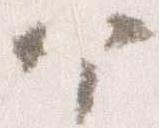
个